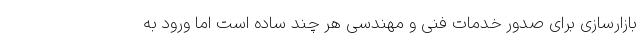
بازارسازی برای صدور خدمات فنی و مهندسی هر چند ساده است اما ورود به